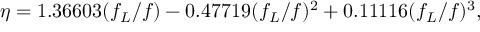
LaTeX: \eta = 1 . 3 6 6 0 3 ( f _ { L } / f ) - 0 . 4 7 7 1 9 ( f _ { L } / f ) ^ { 2 } + 0 . 1 1 1 1 6 ( f _ { L } / f ) ^ { 3 } ,